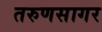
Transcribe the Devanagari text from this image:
तरुणसागर